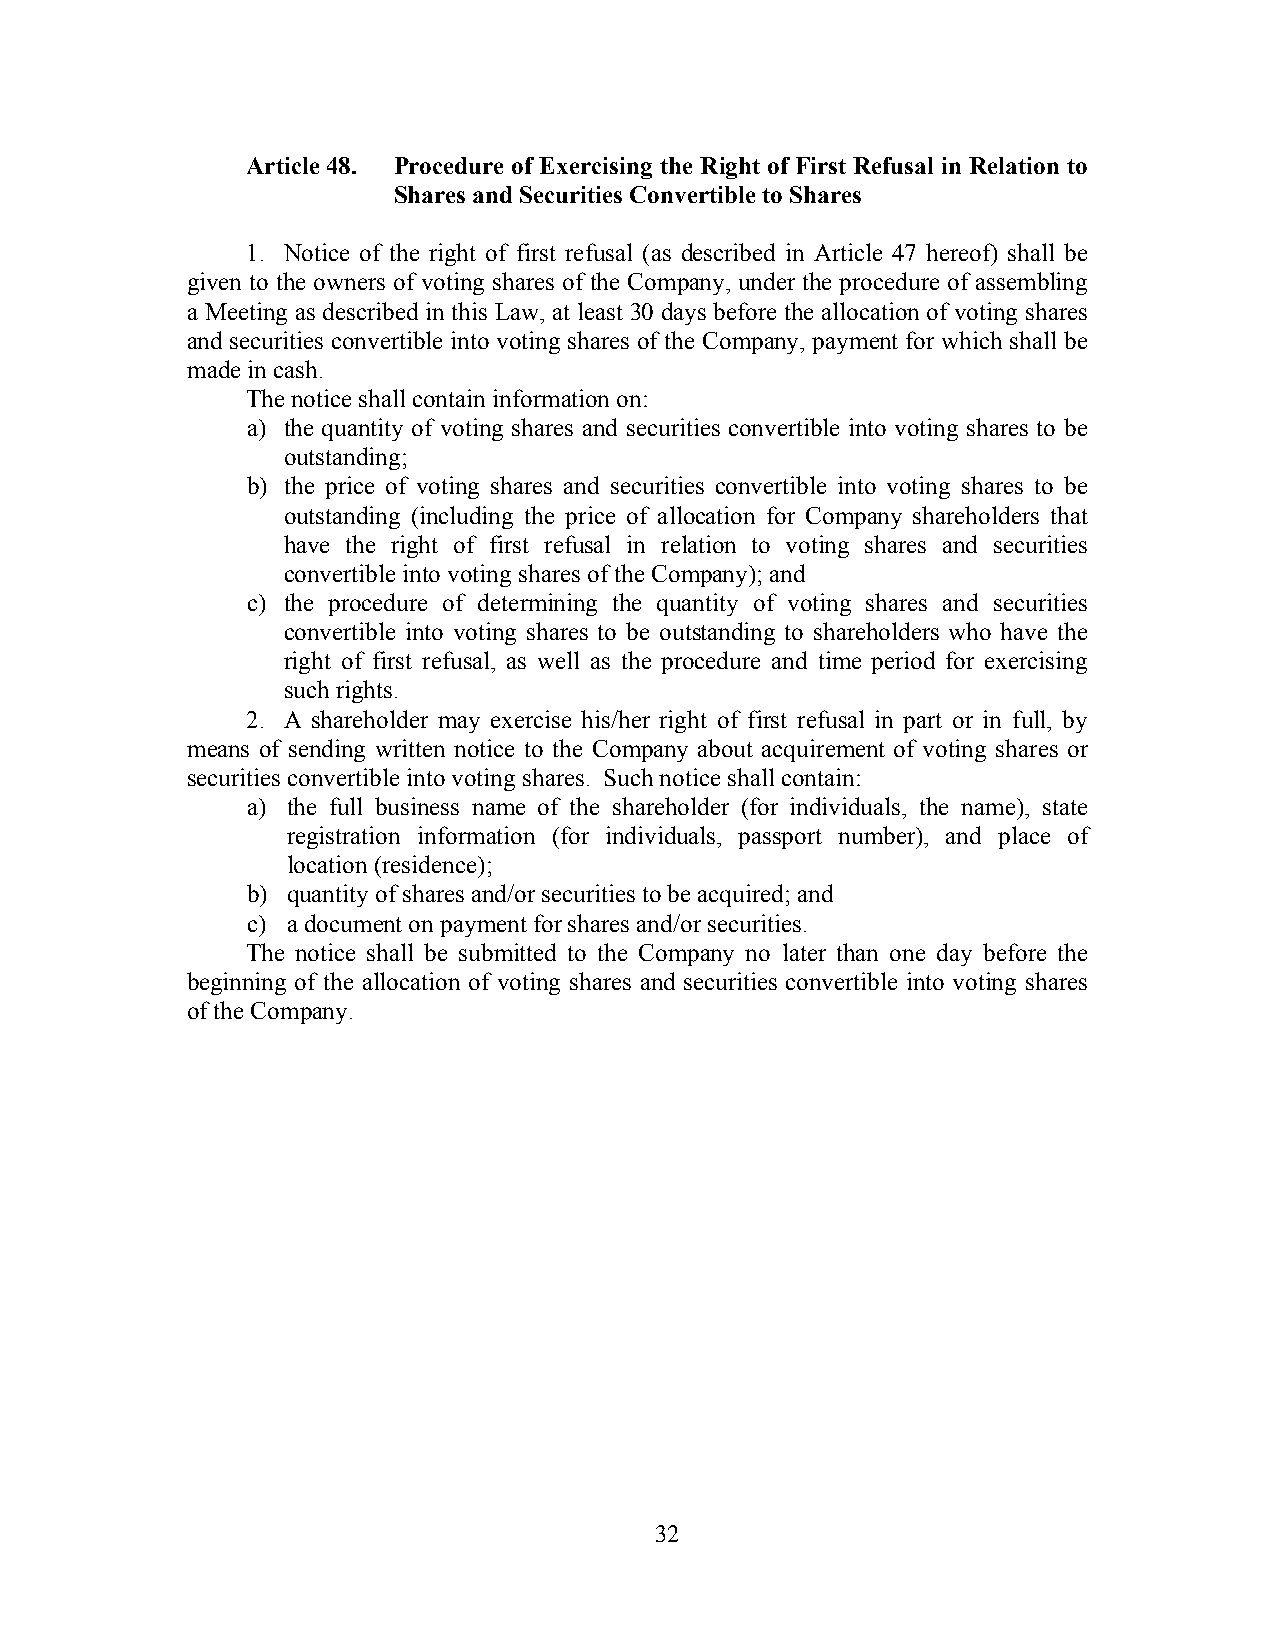
Article 48. Procedure of Exercising the Right of First Refusal in Relation to
 Shares and Securities Convertible to Shares
 1. Notice of the right of first refusal (as described in Article 47 hereof) shall be
 given to the owners of voting shares of the Company, under the procedure of assembling
 a Meeting as described in this Law, at least 30 days before the allocation of voting shares
 and securities convertible into voting shares of the Company, payment for which shall be
 made in cash.
 The notice shall contain information on:
 a) the quantity of voting shares and securities convertible into voting shares to be
 outstanding;
 b) the price of voting shares and securities convertible into voting shares to be
 outstanding (including the price of allocation for Company shareholders that
 have the right of first refusal in relation to voting shares and securities
 convertible into voting shares of the Company); and
 c) the procedure of determining the quantity of voting shares and securities
 convertible into voting shares to be outstanding to shareholders who have the
 right of first refusal, as well as the procedure and time period for exercising
 such rights.
 2. A shareholder may exercise his/her right of first refusal in part or in full, by
 means of sending written notice to the Company about acquirement of voting shares or
 securities convertible into voting shares. Such notice shall contain:
 a) the full business name of the shareholder (for individuals, the name), state
 registration information (for individuals, passport number), and place of
 location (residence);
 b) quantity of shares and/or securities to be acquired; and
 c) a document on payment for shares and/or securities.
 The notice shall be submitted to the Company no later than one day before the
 beginning of the allocation of voting shares and securities convertible into voting shares
 of the Company.
 32